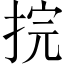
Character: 捖